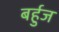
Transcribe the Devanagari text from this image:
बर्हुज